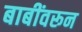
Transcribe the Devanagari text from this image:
बाबींवरून